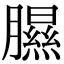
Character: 𦡹